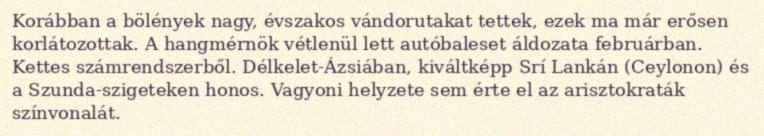
Korábban a bölények nagy, évszakos vándorutakat tettek, ezek ma már erősen korlátozottak. A hangmérnök vétlenül lett autóbaleset áldozata februárban. Kettes számrendszerből. Délkelet-Ázsiában, kiváltképp Srí Lankán (Ceylonon) és a Szunda-szigeteken honos. Vagyoni helyzete sem érte el az arisztokraták színvonalát.